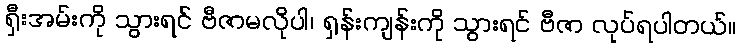
ရှီးအမ်းကို သွားရင် ဗီဇာမလိုပါ၊ ရှန်းကျန်းကို သွားရင် ဗီဇာ လုပ်ရပါတယ်။